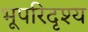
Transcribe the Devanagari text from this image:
भूपरिदृश्य